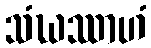
သံဃဿာဟံ